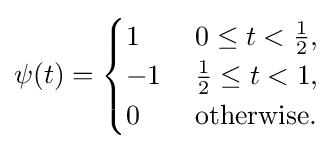
\psi (t)={\begin{cases}1\quad &0\leq t<{\frac {1}{2}},\\-1&{\frac {1}{2}}\leq t<1,\\0&{\mbox{otherwise.}}\end{cases}}